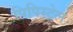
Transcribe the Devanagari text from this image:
पिपिस्ट्रेल